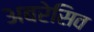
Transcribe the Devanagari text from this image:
अबरेसिव